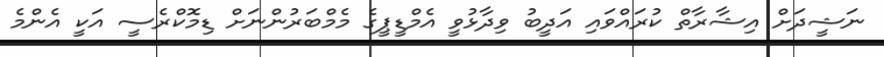
ނަޝީދަށް އިޝާރާތް ކުރައްވައި އަދީބު ވިދާޅުވީ އެމްޑީޕީގެ މެމްބަރުންނަށް ޑިމޮކްރެސީ އަކީ އެންމެ